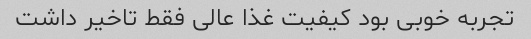
تجربه خوبی بود کیفیت غذا عالی فقط تاخیر داشت